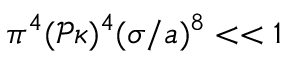
\pi ^ { 4 } ( \mathcal { P } \kappa ) ^ { 4 } ( \sigma / a ) ^ { 8 } < < 1